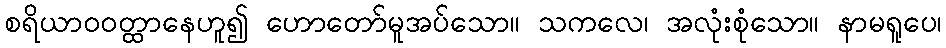
စရိယာဝဝတ္ထာနေဟူ၍ ဟောတော်မူအပ်သော။ သကလေ၊ အလုံးစုံသော။ နာမရူပေ၊